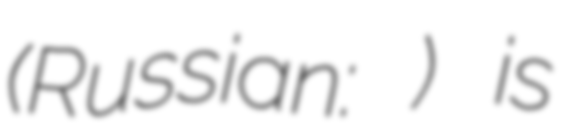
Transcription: (Russian: Игнашино) is